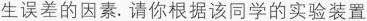
生误差的因素。请你根据该同学的实验装置